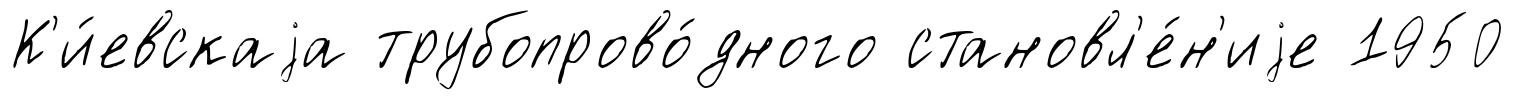
К'и́евскаjа трубопрово́дного становл'е́н'иjе 1950